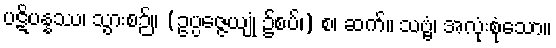
ပဋိပန္နဿ၊ သွားစဉ်။ (ဥပ္ပဇ္ဇေယျုံ ၌စပ်၊) စ၊ ဆက်။ သဗ္ဗံ၊ အလုံးစုံသော။